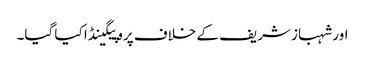
اور شہباز شریف کے خلاف پروپیگینڈا کیا گیا۔